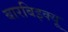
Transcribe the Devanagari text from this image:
बारबिइक्यू